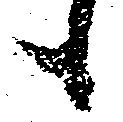
候